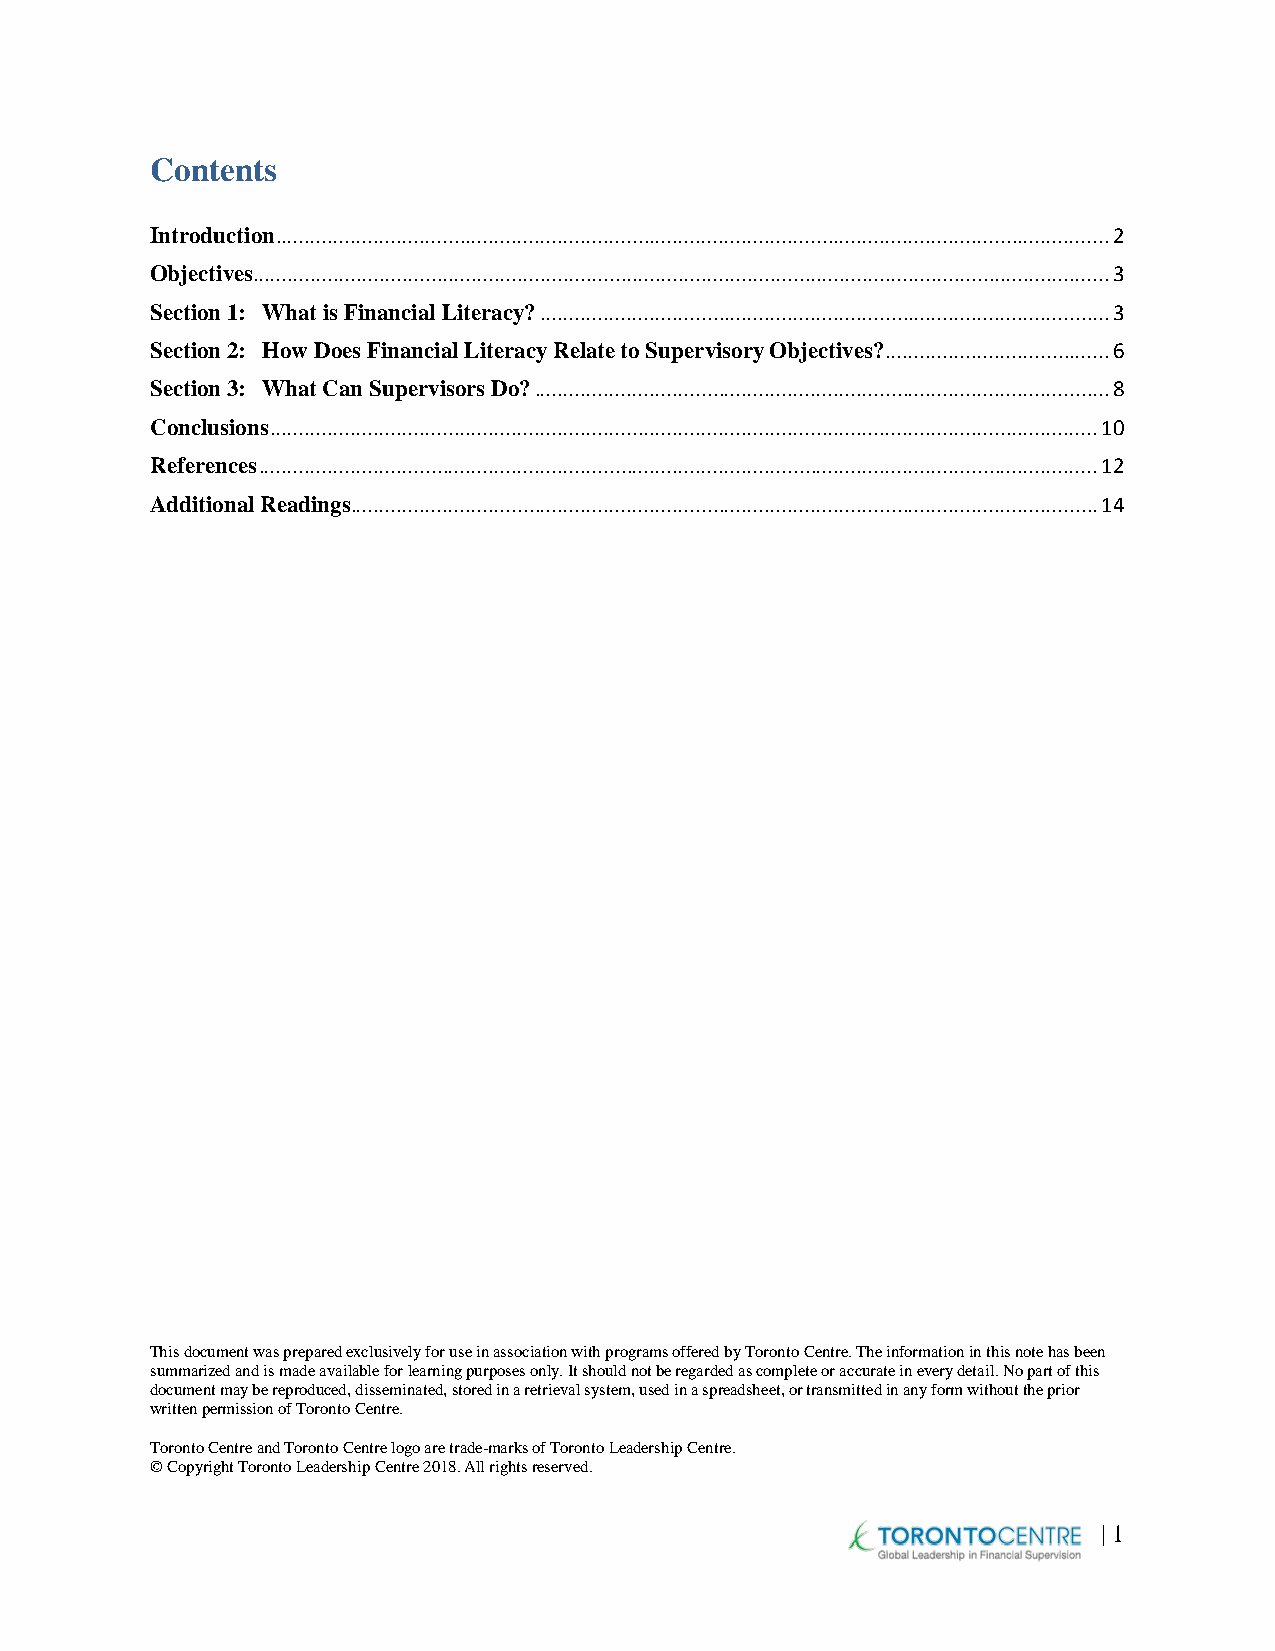
Contents
 Introduction ................................................................................................................................................. 2
 Objectives..................................................................................................................................................... 3
 Section 1: What is Financial Literacy? ................................................................................................... 3
 Section 2: How Does Financial Literacy Relate to Supervisory Objectives? ....................................... 6
 Section 3: What Can Supervisors Do? .................................................................................................... 8
 Conclusions ................................................................................................................................................ 10
 References .................................................................................................................................................. 12
 Additional Readings .................................................................................................................................. 14
 This document was prepared exclusively for use in association with programs offered by Toronto Centre. The information in this note has been
 summarized and is made available for learning purposes only. It should not be regarded as complete or accurate in every detail. No part of this
 document may be reproduced, disseminated, stored in a retrieval system, used in a spreadsheet, or transmitted in any form without the prior
 written permission of Toronto Centre.
 Toronto Centre and Toronto Centre logo are trade-marks of Toronto Leadership Centre.
 © Copyright Toronto Leadership Centre 2018. All rights reserved.
 | 1